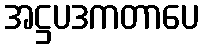
အဋ္ဌပဒကတာပေ